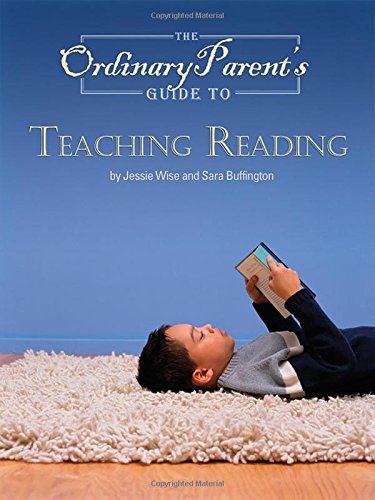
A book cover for The Ordinary Parent's Guide to Teaching Reading; Jessie Wise; Education & Teaching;